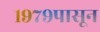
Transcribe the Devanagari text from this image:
१९७९पासून